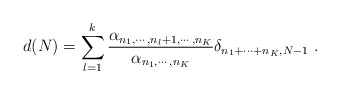
\begin{align*}d(N)= \sum_{l=1}^{k}\frac{\alpha_{n_{1},\cdots,n_{l}+1,\cdots,n_{K}}}{\alpha_{n_{1},\cdots,n_{K}}} \delta_{n_{1}+\cdots+n_{K},N-1} \ .\end{align*}